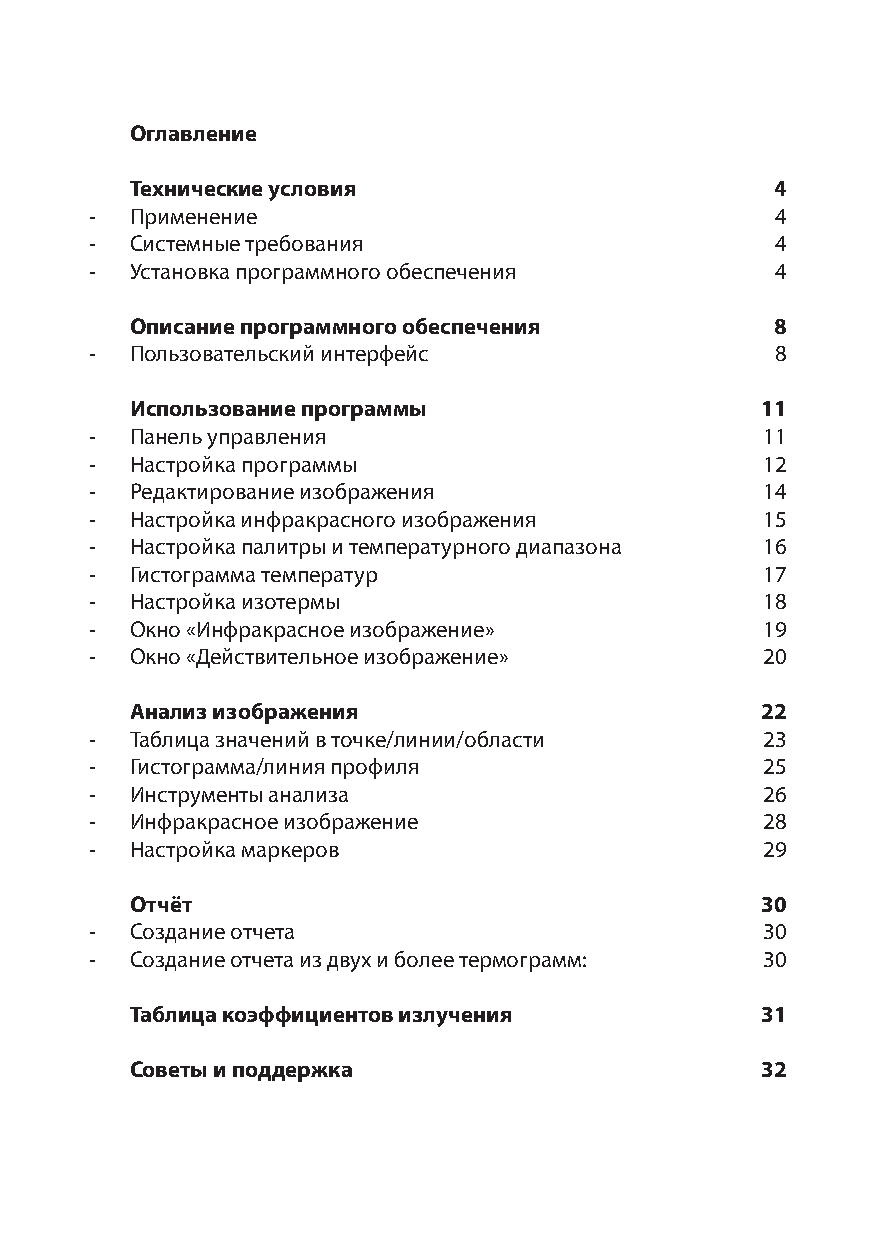
Оглавление
 Технические условия                       4
 -  Применение                                4
 -  Системные требования                      4
 -  Установка программного обеспечения        4
 Описание программного обеспечения         8
 -  Пользовательский интерфейс                8
 Использование программы                  11
 -  Панель управления                        11
 -  Настройка программы                      12
 -  Редактирование изображения               14
 -  Настройка инфракрасного изображения      15
 -  Настройка палитры и температурного диапазона 16
 -  Гистограмма температур                   17
 -  Настройка изотермы                       18
 -  Окно «Инфракрасное изображение»          19
 -  Окно «Действительное изображение»        20
 Анализ изображения                       22
 -  Таблица значений в точке/линии/области   23
 -  Гистограмма/линия профиля                25
 -  Инструменты анализа                      26
 -  Инфракрасное изображение                 28
 -  Настройка маркеров                       29
 Отчёт                                    30
 -  Создание отчета                          30
 -  Создание отчета из двух и более термограмм: 30
 Таблица коэффициентов излучения          31
 Советы и поддержка                       32